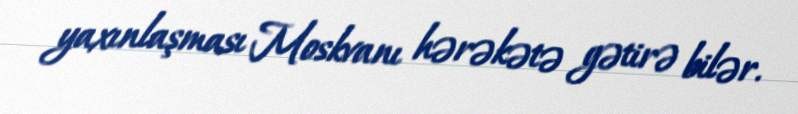
yaxınlaşması Moskvanı hərəkətə gətirə bilər.